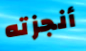
أنجزته